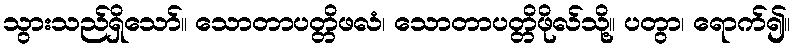
သွားသည်ရှိသော်။ သောတာပတ္တိဖလံ၊ သောတာပတ္တိဖိုလ်သို့။ ပတွာ၊ ရောက်၍။